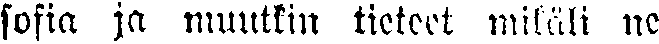
sofia ja muutkin tieteet mikäli ne